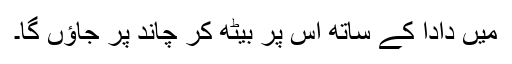
میں دادا کے ساتھ اس پر بیٹھ کر چاند پر جاؤں گا۔